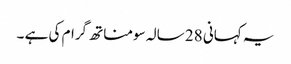
یہ کہانی 28 سالہ سومناتھ گرام کی ہے ۔